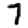
Digit: 7